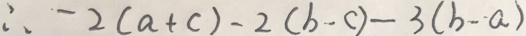
\therefore - 2 ( a + c ) - 2 ( b - c ) - 3 ( b - a )